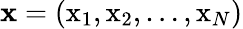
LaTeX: \mathbf{x}=(\mathrm{x}_{1},\mathrm{x}_{2},\ldots,\mathrm{x}_{N})